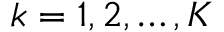
k = 1 , 2 , \dots , K